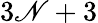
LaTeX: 3\mathscr{N}+3